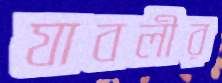
যাবলীর